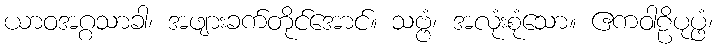
ယာဝအဂ္ဂသာခါ၊ အဖျားခက်တိုင်အောင်။ သဗ္ဗံ၊ အလုံးစုံသော။ ဧကဝါဠိပုပ္ဖံ၊